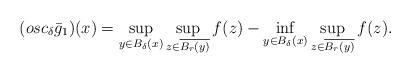
LaTeX: \begin{align*}(osc_\delta \bar{g}_1)(x) =\sup_{y\in B_\delta (x)} \sup_{z\in \overline{B_r (y)} } f(z) - \inf_{y\in B_\delta (x)} \sup_{z\in \overline{B_r (y)}} f(z).\end{align*}